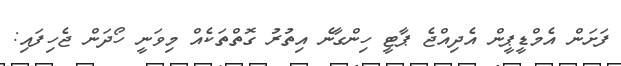
ފަށަން އެމްޑީޕީން އެދިއްޖެ ޕާޓީ ހިންގާނެ އިތުރު ގޮތްތަކެއް މިވަނީ ހޯދަން ޖެހިފައި: